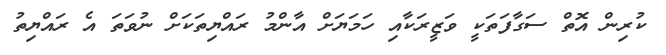
ކުރިން އޮތް ސަގާފަތަކީ ވަޒީރަކާއި ހަމަޔަށް އާންމު ރައްޔިތަކަށް ނުވަތަ އެ ރައްޔިތު